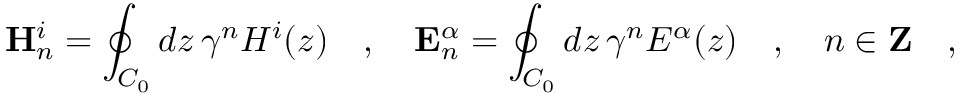
\mathbf { H } _ { n } ^ { i } = \oint _ { C _ { 0 } } d z \, \gamma ^ { n } H ^ { i } ( z ) \quad , \quad \mathbf { E } _ { n } ^ { \alpha } = \oint _ { C _ { 0 } } d z \, \gamma ^ { n } E ^ { \alpha } ( z ) \quad , \quad n \in \mathbf { Z } \quad ,